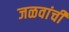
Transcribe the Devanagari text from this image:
जळवांची